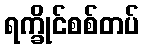
ရက္ခိုင်စစ်တပ်